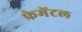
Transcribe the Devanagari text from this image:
फ्रेमेंटल